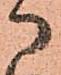
に